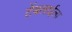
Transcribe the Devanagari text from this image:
टेंबलाईला